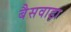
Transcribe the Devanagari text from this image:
बैसवाड़ा